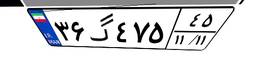
۳۶گ۴۷۵۴۵